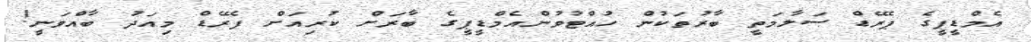
އެމްޑީޕީގެ ޕެރޭޑް ސަލާމަތީ ބާރުތަކުން ހުއްޓުވުންއެމްޑީޕީގެ ބާރަށް ކުރިއަށް ޕެރޭޑް މިއަދު ބާއްވަނީ!